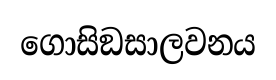
ගොසිඞසාලවනය